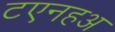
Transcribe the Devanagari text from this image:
टएनहअ